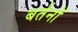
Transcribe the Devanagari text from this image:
बर्तनॉ